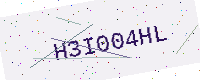
Text: H3I004HL